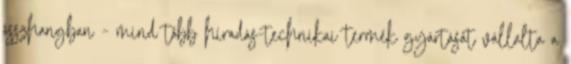
összhangban - mind több híradás-technikai termék gyártását vállalta a